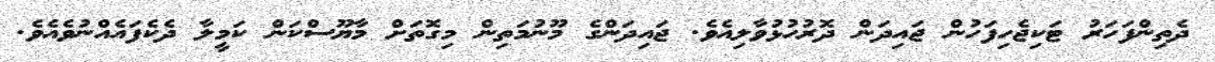
ދެތިންފަހަރު ޓަކިޖެހިފަހުން ޖައިދަން ދޮރުހުޅުވާލިއެވެ. ޖައިދަންގެ މޫނުމަތިން މިގޮތަށް މާޔޫސްކަން ކަމީލާ ދެކެފައެއްނުވެއެވެ.